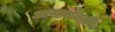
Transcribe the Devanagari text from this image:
अगर्भवती